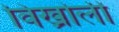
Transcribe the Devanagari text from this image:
विख्रोली